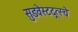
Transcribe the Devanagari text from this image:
सुडवेस्टदूत्स्चे